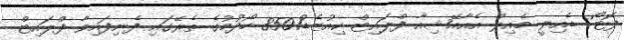
ފޮޓޯ: ޑެއިލީ މެއިލް އެއާއޭޝިއާ ފްލައިޓް ކިއުޒެޑް8501 ހޯދުމުގެ ތެރޭގައި ފެނިފައިވާ ފްލައިޓް